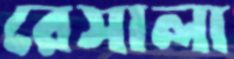
রেসালা